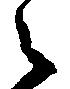
之